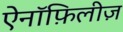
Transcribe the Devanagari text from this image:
ऐनॉफ़िलीज़